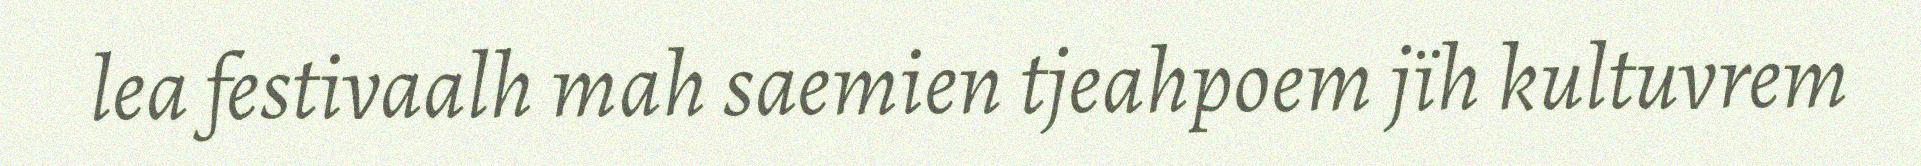
lea festivaalh mah saemien tjeahpoem jïh kultuvrem